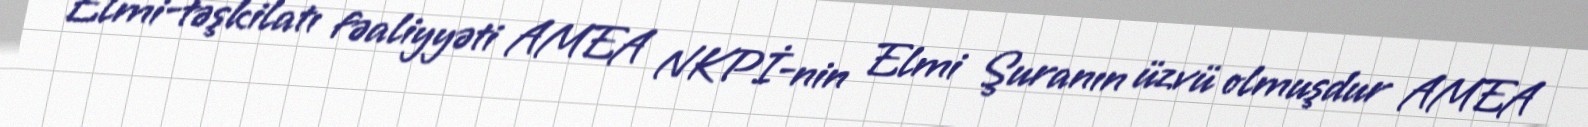
Elmi-təşkilatı fəaliyyəti AMEA NKPİ-nin Elmi Şuranın üzvü olmuşdur AMEA